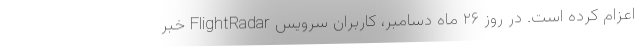
اعزام کرده است. در روز ۲۶ ماه دسامبر، کاربران سرویس FlightRadar خبر